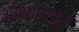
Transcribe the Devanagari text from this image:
शोथापासून